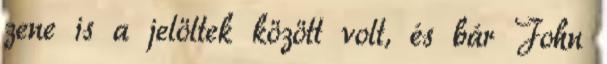
zene is a jelöltek között volt, és bár John